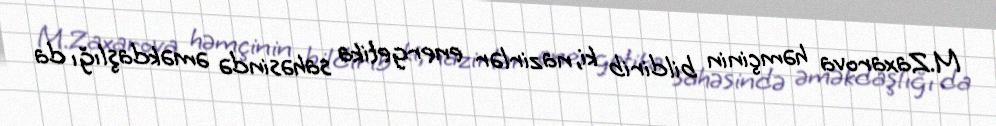
M.Zaxarova həmçinin bildirib ki, nazirlər energetika sahəsində əməkdaşlığı da